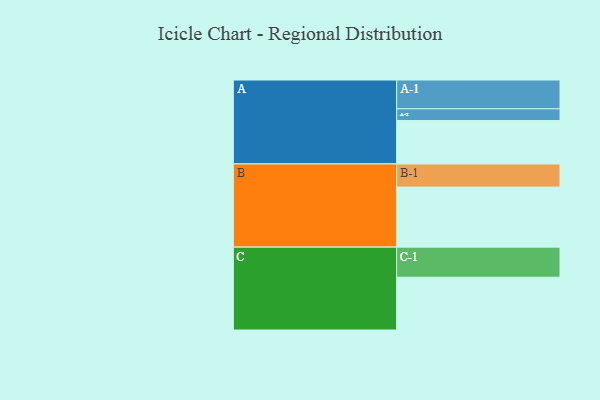
{"axis": {"x": "Segment", "y": "Value"}, "legend": ["", "A", "B", "C"], "data": [{"x": "A", "y": 371, "type": ""}, {"x": "B", "y": 513, "type": ""}, {"x": "C", "y": 451, "type": ""}, {"x": "A-1", "y": 246, "type": "A"}, {"x": "A-2", "y": 100, "type": "A"}, {"x": "B-1", "y": 198, "type": "B"}, {"x": "C-1", "y": 257, "type": "C"}]}